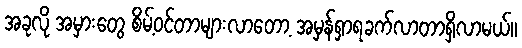
အခုလို အမှားတွေ စိမ့်ဝင်တာများလာတော့ အမှန်ရှာရခက်လာတာရှိလာမယ်။